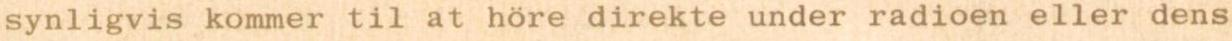
synligvis kommer til at höre direkte under radioen eller dens